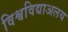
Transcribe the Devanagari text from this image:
विश्वविद्याअलय